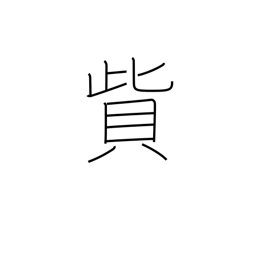
Meaning: pay a fine